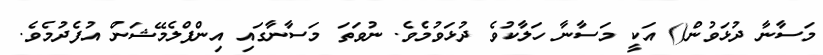
މަސާނާ ދުޅަވުން() އަކީ މަސާނާ ހަލާކުވެ ދުޅަވުމެވެ. ނުވަތަ މަސާނާގައި އިންފްލެމޭޝަން އުފެދުމެވެ.